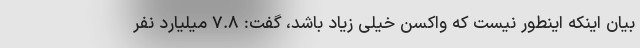
بیان اینکه اینطور نیست که واکسن خیلی زیاد باشد، گفت: ۷.۸ میلیارد نفر